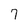
Character: 7